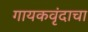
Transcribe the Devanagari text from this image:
गायकवृंदाचा